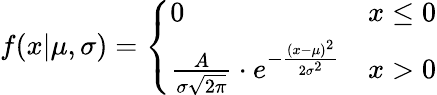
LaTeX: f(x|\mu,\sigma)=\left\{ \begin{array}{ll}{0}&{x\le 0}\\ {\frac{A}{\sigma\sqrt{2\pi}}\cdot e^{-\frac{(x-\mu)^{2}}{2\sigma^{2}}}}&{x>0}\end{array}\right.